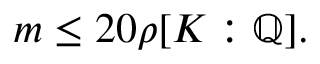
m \leq 2 0 \rho [ K : \mathbb { Q } ] .